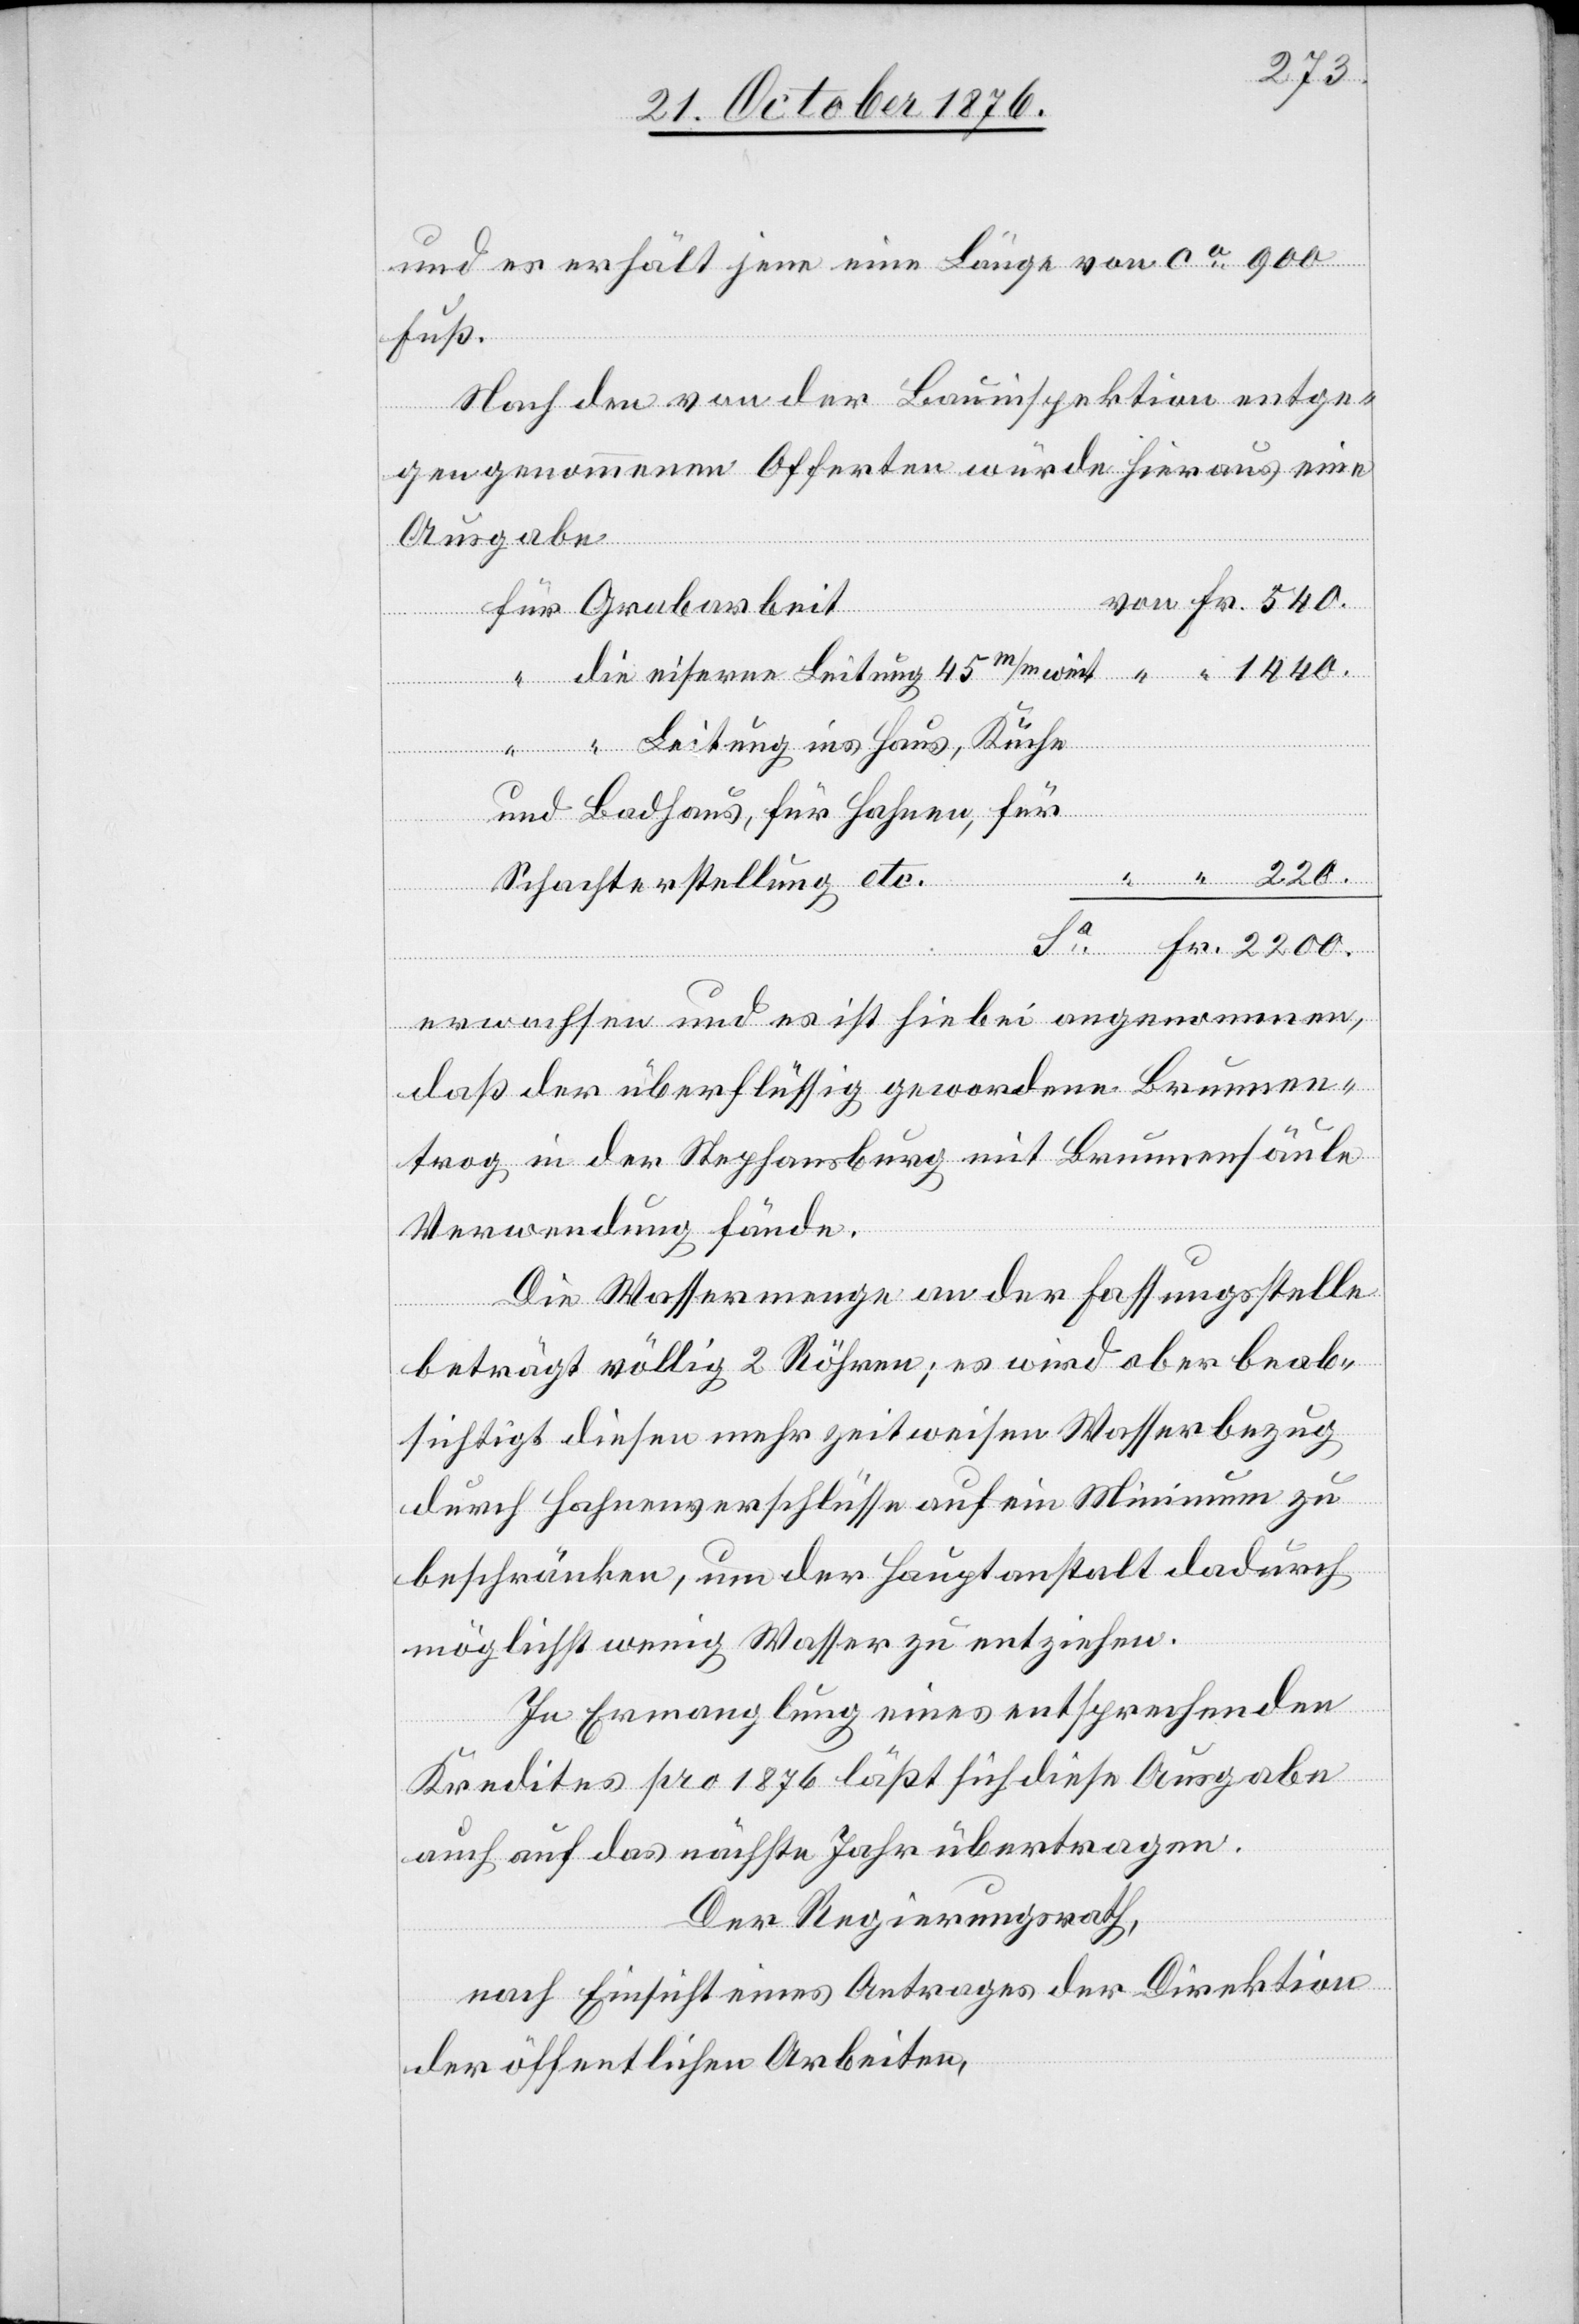
2200.
und es erhält jene eine Länge von ca 900
Fuß.
Nach den von der Bauinspektion entge¬
gengenommenen Offerten würde hieraus eine
Ausgabe
weit
Leitung ins Haus, Küche
und Badhaus, für Hahnen, für
Fr.
Schachterstellung etc.
erwachsen und es ist hiebei angenommen,
daß der überflüssig gewordene Brunnen¬
trog in der Stephansburg mit Brunnensäule
Verwendung fände.
Die Wassermenge an der Fassungsstelle
beträgt völlig 2 Röhren; es wird aber beab¬
sichtigt diesen mehr zeitweisen Wasserbezug
durch Hahnenverschlüsse auf ein Minimum zu
beschränken, um der Hauptanstalt dadurch
möglichst wenig Wasser zu entziehen.
In Ermangelung eines entsprechenden
Kredites pro 1876 läßt sich diese Ausgabe
auch auf das nächste Jahr übertragen.
Der Regierungsrath,
nach Einsicht eines Antrages der Direktion
der öffentlichen Arbeiten,